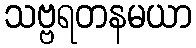
သဗ္ဗရတနမယာ